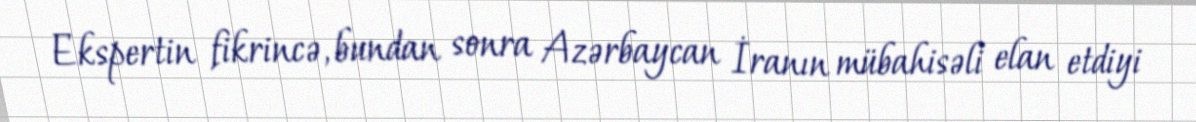
Ekspertin fikrincə, bundan sonra Azərbaycan İranın mübahisəli elan etdiyi